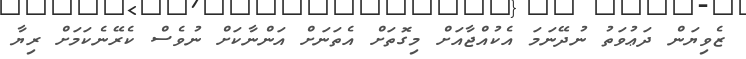
ޒެވިޔަން ދަޢުވަތު ނުދޭނަމަ އެކުއްޖާއަށް މިގޮތަށް އެތަނަށް އަންނާކަށް ނުވެސް ކެރޭނެކަމަށް ރިޔާ